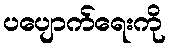
ပပျောက်ရေးကို